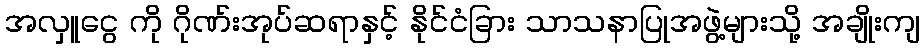
အလှူငွေ ကို ဂိုဏ်းအုပ်ဆရာနှင့် နိုင်ငံခြား သာသနာပြုအဖွဲ့များသို့ အချိုးကျ